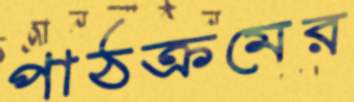
পাঠক্রমের